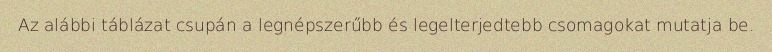
Az alábbi táblázat csupán a legnépszerűbb és legelterjedtebb csomagokat mutatja be.